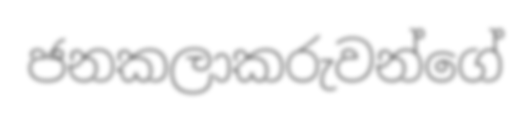
ජනකලාකරුවන්ගේ